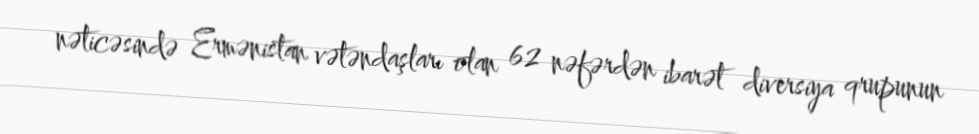
nəticəsində Ermənistan vətəndaşları olan 62 nəfərdən ibarət diversiya qrupunun